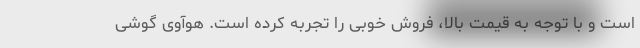
است و با توجه به قیمت بالا، فروش خوبی را تجربه کرده است. هوآوی گوشی